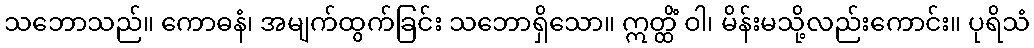
သဘောသည်။ ကောဓနံ၊ အမျက်ထွက်ခြင်း သဘောရှိသော။ ဣတ္ထိံ ဝါ၊ မိန်းမသို့လည်းကောင်း။ ပုရိသံ